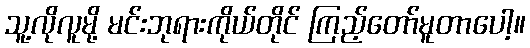
သူ့လိုလူမို့ မင်းဘုရားကိုယ်တိုင် ကြည့်တော်မူတာပေါ့။